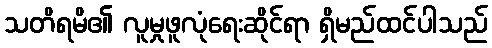
သတိရမိ၏ လူမှုဖူလုံရေးဆိုင်ရာ ရှိမည်ထင်ပါသည်